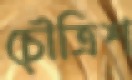
চৌত্রিশ